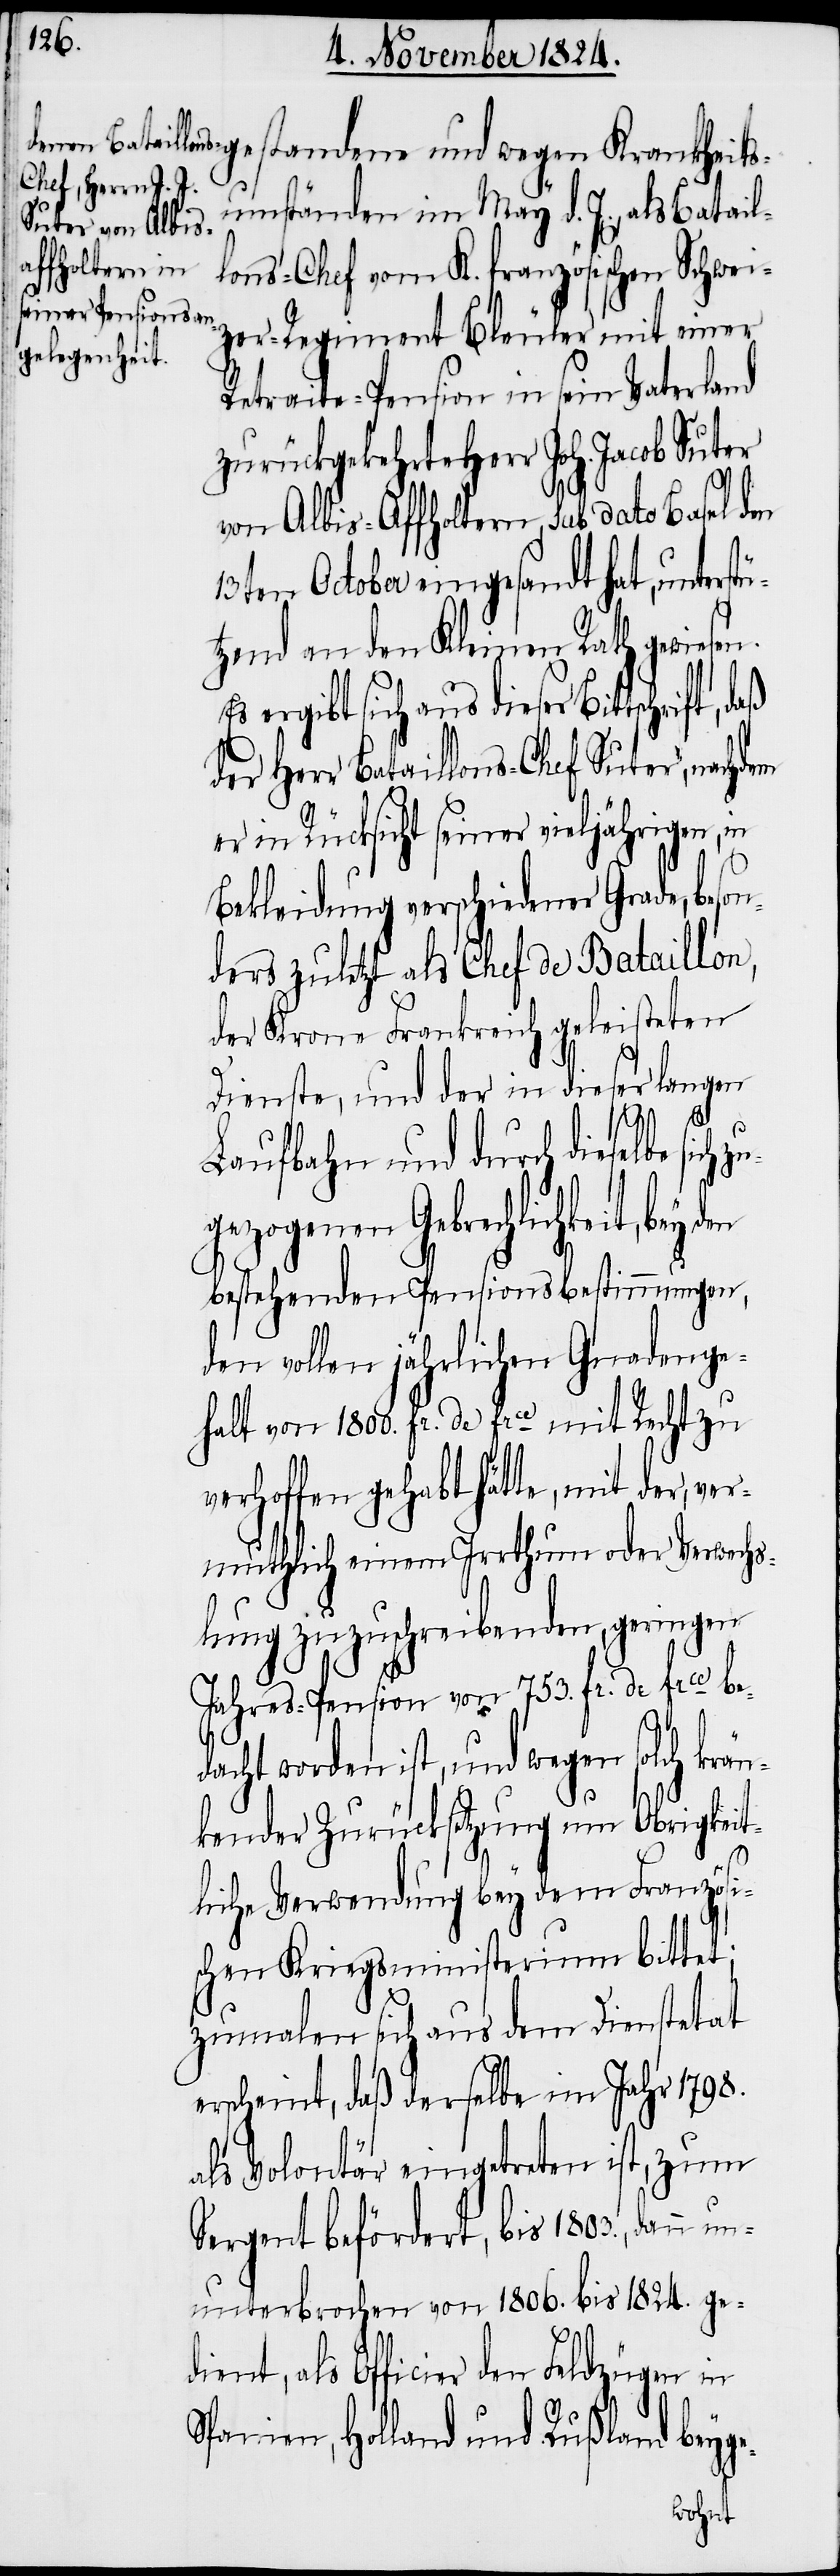
gestandene und wegen Krankheits¬
umständen im May d. J., als Batail¬
lons-Chef vom K. französischen Schwei¬
zer-Regiment Bleuler mit einer
Retraite-Pension in sein Vaterland
zurückgekehrte Herr Joh. Jacob Suter
von Albis-Affholtern, sub dato Basel den
13ten October eingesandt hat, unterstü¬
tzend an den Kleinen Rath gewie¬
ergibt sich aus dieser Bittschrift,
der Herr Bataillons-Chef Suter, nachdem
er in Rücksicht seiner vieljährigen, in
Bekleidung verschiedener Grade, beso¬
nders zuletzt als Chef de Bataillon,
der Krone Frankreich geleisteten
Dienste, und der in dieser langen
sich zu¬
Laufbahn und durch dieselbe
gezogenen Gebrechlichkeit, bey
bestehenden Pensionsbestimmungen,
den vollen jährlichen Gnadenge¬
halt von 1800. fr. de frce mit Recht zu
verhoffen gehabt hätte, mit der, ver¬
muthlich einem Irrthum oder Verwechs¬
lung zuzuschreibenden, geringen
Jahres-Pension von 753. fr. de frce bed¬
acht worden ist, und wegen solch krän¬
kender Zurücksetzung um Obrigkeit¬
liche Verwendung bey dem Französi¬
schen Kriegsministerium bittet;
zumalen sich aus dem Dienstetat
erscheint, daß derselbe im Jahr 1798.
als Volontär eingetreten ist, zum
Sergent befördert, bis 1803., dann
unterbrochen von 1806. bis 1824. ge¬
dient, als Officier den Feldzügen in
Spanien, Holland und Rußland beyge-